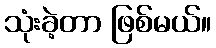
သုံးခဲ့တာ ဖြစ်မယ်။